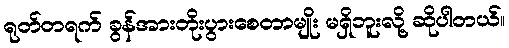
ရုတ်တရက် ခွန်အားတိုးပွားစေတာမျိုး မရှိဘူးလို့ ဆိုပါတယ်။